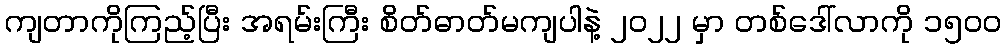
ကျတာကိုကြည့်ပြီး အရမ်းကြီး စိတ်ဓာတ်မကျပါနဲ့ ၂၀၂၂ မှာ တစ်ဒေါ်လာကို ၁၅၀ဝ